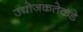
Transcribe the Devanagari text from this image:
उद्योजकतेकडे